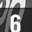
Digit: 6